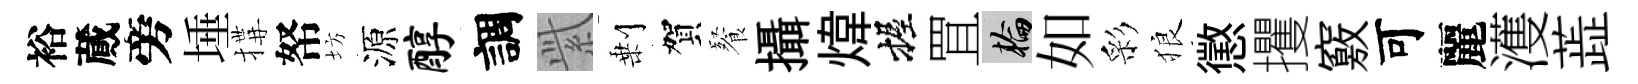
裕蕆旁埵搆帑坊源醇調𬗋剰賀餐攝煒握罝輪如彩狼懲攫竅可麗濩蕋